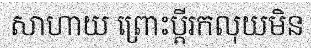
សាហាយ ព្រោះប្តីរកលុយមិន